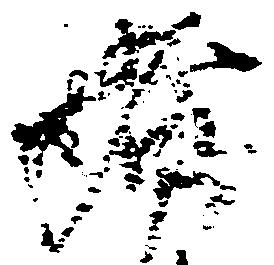
者